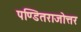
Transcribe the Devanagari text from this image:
पण्डितराजोत्तर